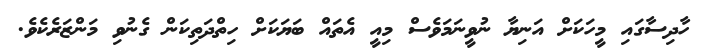
ހާދިސާގައި މީހަކަށް އަނިޔާ ނުވީނަމަވެސް މިއީ އެތައް ބަޔަކަށް ހިތްދަތިކަން ގެނުވި މަންޒަރެކެވެ.